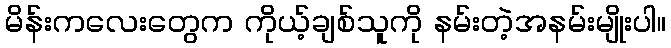
မိန်းကလေးတွေက ကိုယ့်ချစ်သူကို နမ်းတဲ့အနမ်းမျိုးပါ။